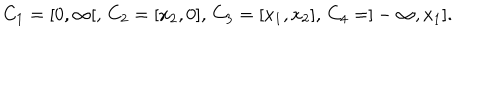
C _ { 1 } = [ 0 , \infty [ , \, C _ { 2 } = [ x _ { 2 } , 0 ] , \, C _ { 3 } = [ x _ { 1 } , x _ { 2 } ] , \, C _ { 4 } = ] - \infty , x _ { 1 } ] .